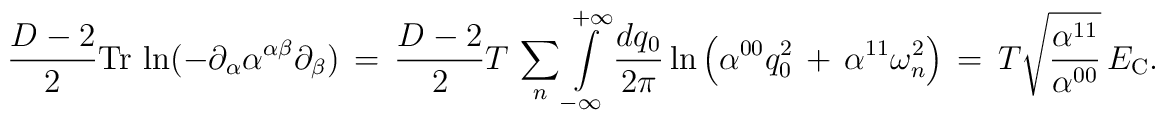
\frac{D-2}{2}\mbox{Tr}\,\ln(-\partial_\alpha\alpha^{\alpha\beta}\partial_\beta)\,=\,\frac{D-2}{2}T\,\sum_{n}^{}\int\limits_{-\infty}^{+\infty}\frac{dq_0}{2\pi}\ln\left(\alpha^{00}q_0^2\,+\,\alpha^{11}{\omega_n^2}\right)\,=\,{T}\sqrt{\frac{\alpha^{11}}{\alpha^{00}}}\,E_{\rm C}{.}